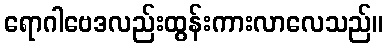
ရောဂါဗေဒလည်းထွန်းကားလာလေသည်။